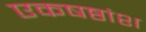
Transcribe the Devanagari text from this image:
एकषष्ठांश